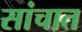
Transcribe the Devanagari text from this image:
सांचात